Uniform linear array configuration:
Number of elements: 24
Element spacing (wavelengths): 0.5
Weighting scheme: blackman
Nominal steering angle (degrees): -60
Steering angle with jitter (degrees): -60.053
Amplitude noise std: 0.05
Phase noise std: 0.05

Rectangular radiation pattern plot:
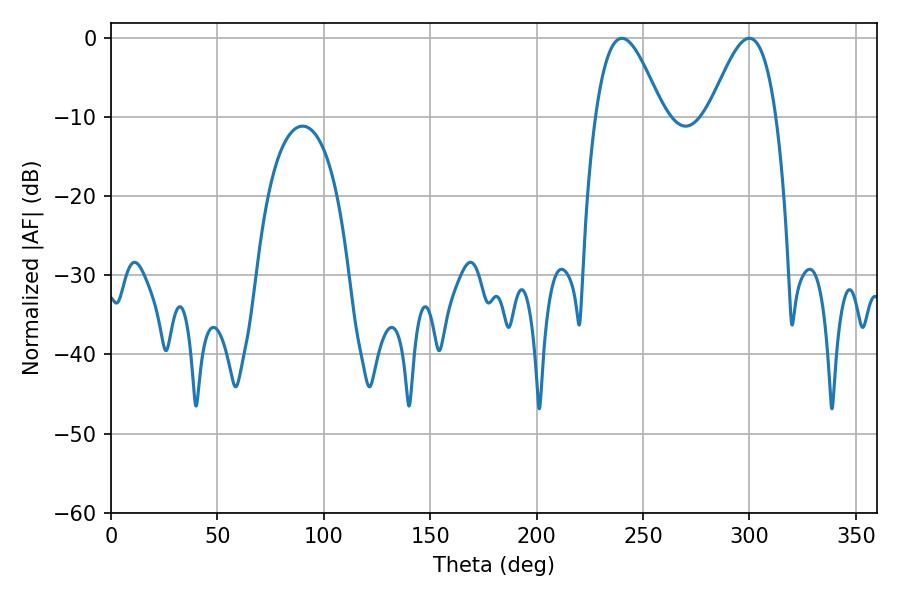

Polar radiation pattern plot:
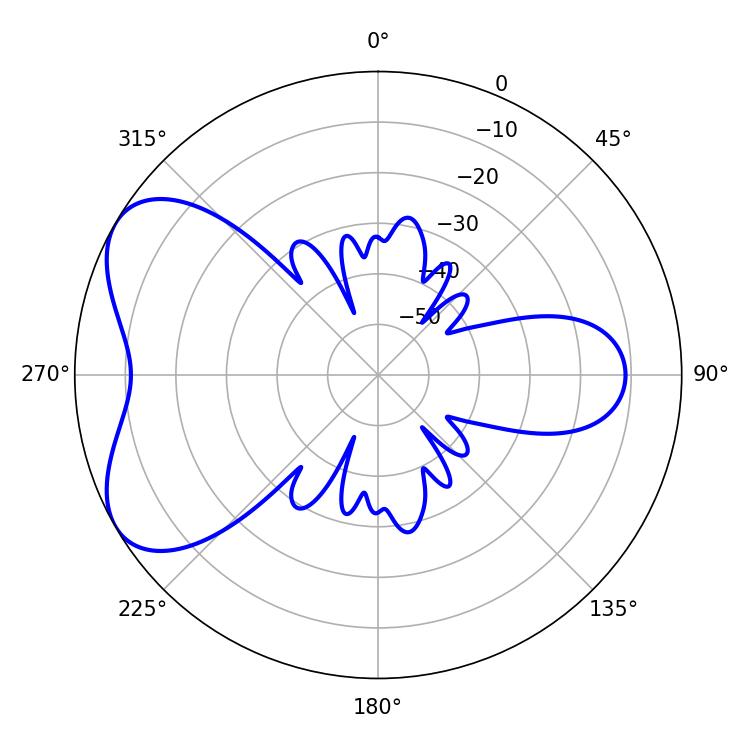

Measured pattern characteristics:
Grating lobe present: FALSE
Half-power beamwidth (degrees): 16.92
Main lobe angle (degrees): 240.12